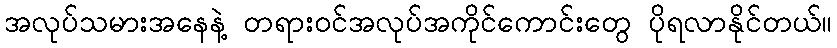
အလုပ်သမားအနေနဲ့ တရားဝင်အလုပ်အကိုင်ကောင်းတွေ ပိုရလာနိုင်တယ်။